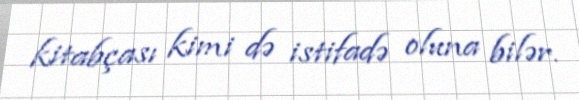
kitabçası kimi də istifadə oluna bilər.